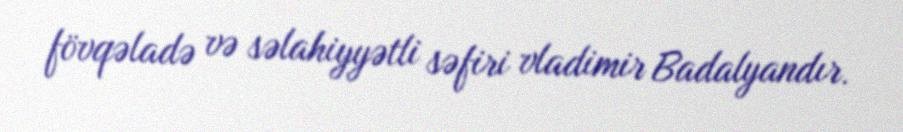
fövqəladə və səlahiyyətli səfiri vladimir Badalyandır.